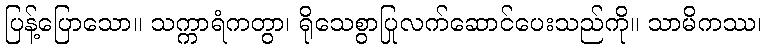
ပြန့်ပြောသော။ သက္ကာရံကတွာ၊ ရိုသေစွာပြုလက်ဆောင်ပေးသည်ကို။ သာမိကဿ၊